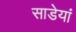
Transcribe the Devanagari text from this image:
साडेयां